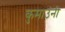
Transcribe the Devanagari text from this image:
कुमाउंनी